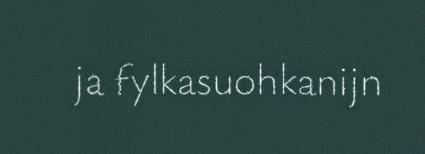
ja fylkasuohkanijn